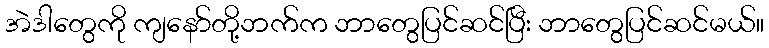
အဲဒါတွေကို ကျနော်တို့ဘက်က ဘာတွေပြင်ဆင်ပြီး ဘာတွေပြင်ဆင်မယ်။